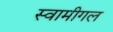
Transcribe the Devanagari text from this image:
स्वामीगल